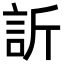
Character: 訢